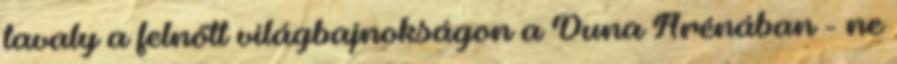
tavaly a felnőtt világbajnokságon a Duna Arénában - ne